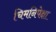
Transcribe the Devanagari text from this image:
चिमनिपेक्षा